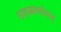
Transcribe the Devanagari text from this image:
सहस्रावर्तनात्‌